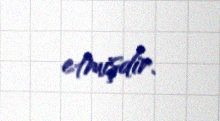
etmişdir.